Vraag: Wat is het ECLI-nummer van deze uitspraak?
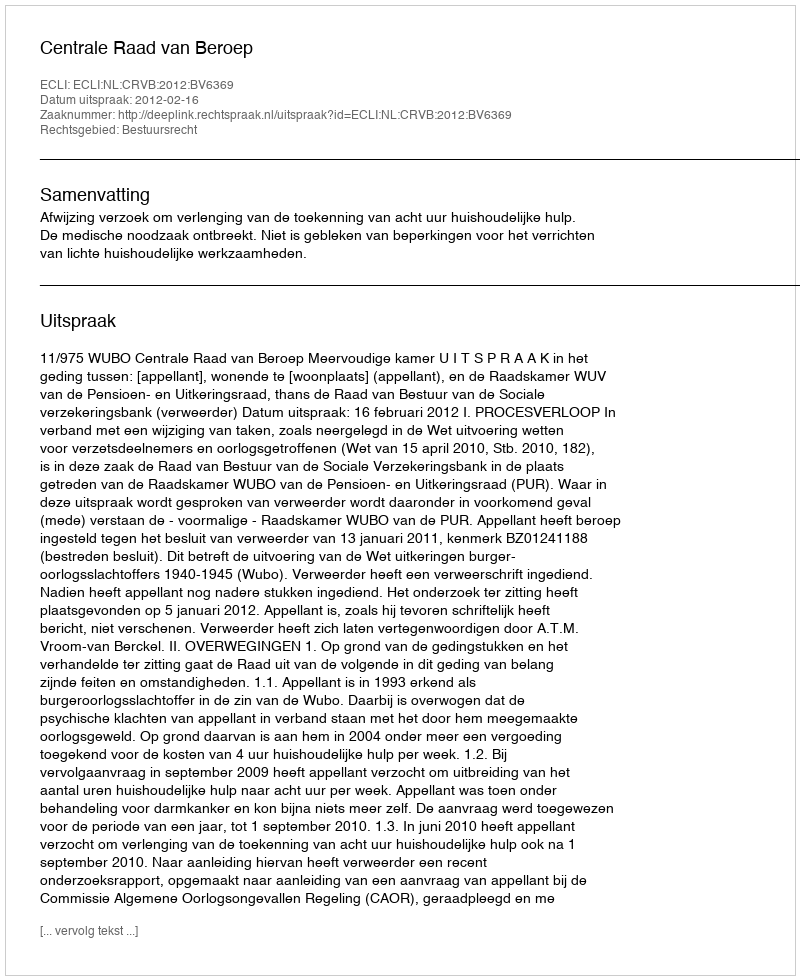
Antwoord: ECLI:NL:CRVB:2012:BV6369